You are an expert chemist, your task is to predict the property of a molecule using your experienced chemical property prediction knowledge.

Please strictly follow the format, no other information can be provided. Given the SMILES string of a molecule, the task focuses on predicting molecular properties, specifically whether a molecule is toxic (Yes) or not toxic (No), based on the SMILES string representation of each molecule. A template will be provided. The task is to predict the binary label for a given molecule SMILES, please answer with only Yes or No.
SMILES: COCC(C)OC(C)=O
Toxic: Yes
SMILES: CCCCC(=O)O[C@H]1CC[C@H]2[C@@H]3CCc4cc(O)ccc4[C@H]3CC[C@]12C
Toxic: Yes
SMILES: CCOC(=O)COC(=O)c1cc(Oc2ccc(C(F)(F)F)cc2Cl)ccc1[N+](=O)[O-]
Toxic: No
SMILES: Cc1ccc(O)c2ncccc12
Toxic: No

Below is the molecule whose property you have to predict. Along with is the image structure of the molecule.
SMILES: Cc1cc(C(=O)NCCc2ccc(S(=O)(=O)NC(=O)NN3CCCCCC3)cc2)no1
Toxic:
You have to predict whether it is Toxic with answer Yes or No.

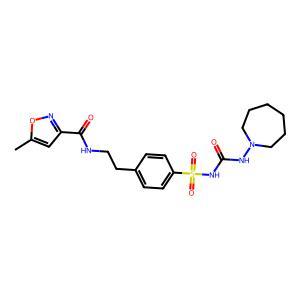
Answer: No